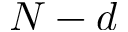
N - d